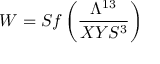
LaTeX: W = S f \left( { \frac { \Lambda ^ { 1 3 } } { X Y S ^ { 3 } } } \right)